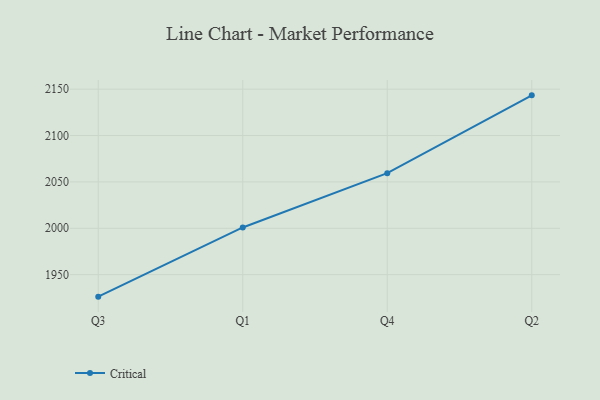
{"axis": {"x": "Quarter", "y": "Satisfaction Score"}, "legend": ["Critical"], "data": [{"x": "Q3", "y": 1926.3, "type": "Critical"}, {"x": "Q1", "y": 2000.9, "type": "Critical"}, {"x": "Q4", "y": 2059.4, "type": "Critical"}, {"x": "Q2", "y": 2143.3, "type": "Critical"}]}